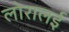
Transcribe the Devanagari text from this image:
लोरालई